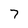
Character: 7